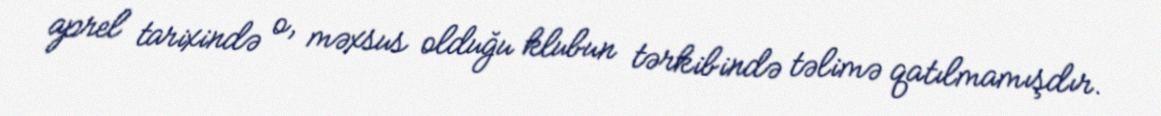
aprel tarixində o, məxsus olduğu klubun tərkibində təlimə qatılmamışdır.